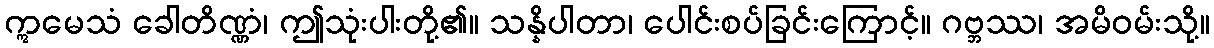
ဣမေသံ ခေါတိဏ္ဏံ၊ ဤသုံးပါးတို့၏။ သန္နိပါတာ၊ ပေါင်းစပ်ခြင်းကြောင့်။ ဂဗ္ဘဿ၊ အမိဝမ်းသို့။